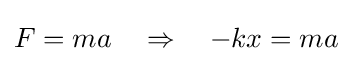
F=ma\quad \Rightarrow \quad -kx=ma